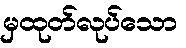
မှထုတ်လုပ်သော